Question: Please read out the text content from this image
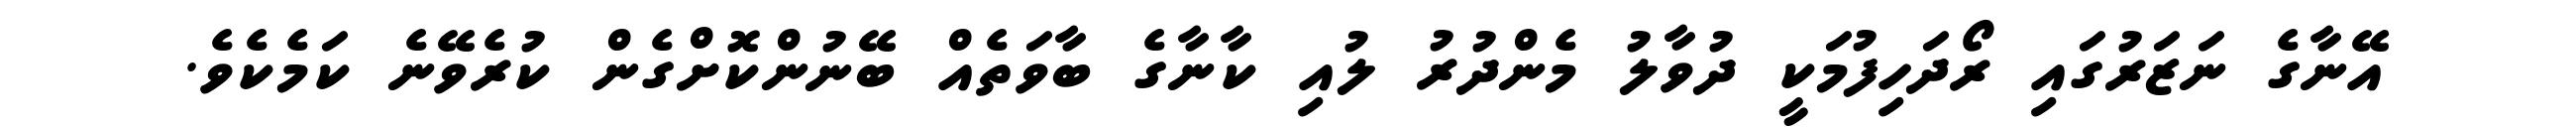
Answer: އޭނާގެ ނަޒަރުގައި ރޯދަހިފުމަކީ ދުވާލު މެންދުރު ލުއި ކާނާގެ ބާވަތެއް ބޭނުންކޮށްގެން ކުރެވޭނެ ކަމެކެވެ.